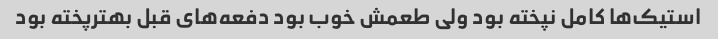
استیک‌ها کامل نپخته بود ولی طعمش خوب بود دفعه‌های قبل بهترپخته بود